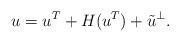
LaTeX: \begin{align*}u=u^T+H(u^T)+\tilde{u}^\perp.\end{align*}